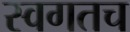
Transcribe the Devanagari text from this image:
स्वगतच